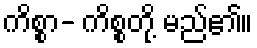
ကိစ္စာ- ကိစ္စတို့ မည်၏။